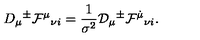
D _ { \mu } { } ^ { \pm } { \cal F } ^ { \mu } { } _ { \nu i } = \frac { 1 } { \sigma ^ { 2 } } { \cal D } _ { \mu } { } ^ { \pm } { \cal F } ^ { \dot { \mu } } { } _ { \nu i } .